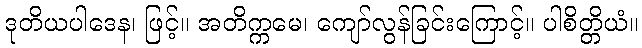
ဒုတိယပါဒေန၊ ဖြင့်။ အတိက္ကမေ၊ ကျော်လွန်ခြင်းကြောင့်။ ပါစိတ္တိယံ။